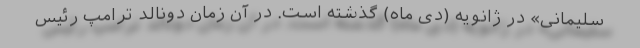
سلیمانی» در ژانویه (دی ماه) گذشته است. در آن زمان دونالد ترامپ رئیس